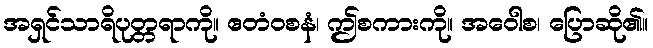
အရှင်သာရိပုတ္တရာကို။ ဧတံဝစနံ၊ ဤစကားကို။ အဝေါစ၊ ပြောဆို၏။